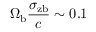
\Omega _ { \mathrm { b } } \frac { \sigma _ { \mathrm { z b } } } { c } \sim 0 . 1